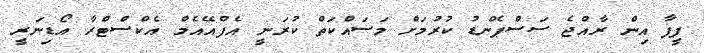
ފީފާ އިން ރާއްޖެ ސަސްޕެންޑު ކުރުމަށް މަސައްކަތް ކުރަނީ އެފްއޭއެމް އެކްސްޓްރާ އޯޑިނަރީ